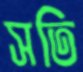
সতি